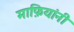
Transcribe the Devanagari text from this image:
माफ़ियांनी